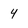
Character: 4